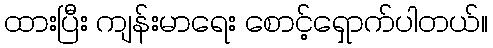
ထားပြီး ကျန်းမာရေး စောင့်ရှောက်ပါတယ်။